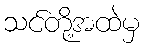
သင်တို့အထဲမှ